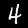
Digit: 4